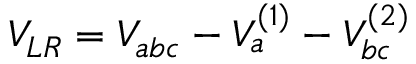
V _ { L R } = V _ { a b c } - V _ { a } ^ { ( 1 ) } - V _ { b c } ^ { ( 2 ) }